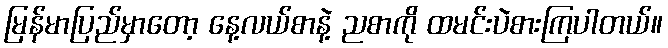
မြန်မာပြည်မှာတော့ နေ့လယ်စာနဲ့ ညစာကို ထမင်းပဲစားကြပါတယ်။